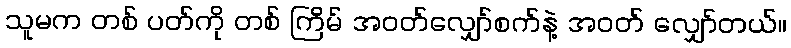
သူမက တစ် ပတ်ကို တစ် ကြိမ် အဝတ်လျှော်စက်နဲ့ အဝတ် လျှော်တယ်။